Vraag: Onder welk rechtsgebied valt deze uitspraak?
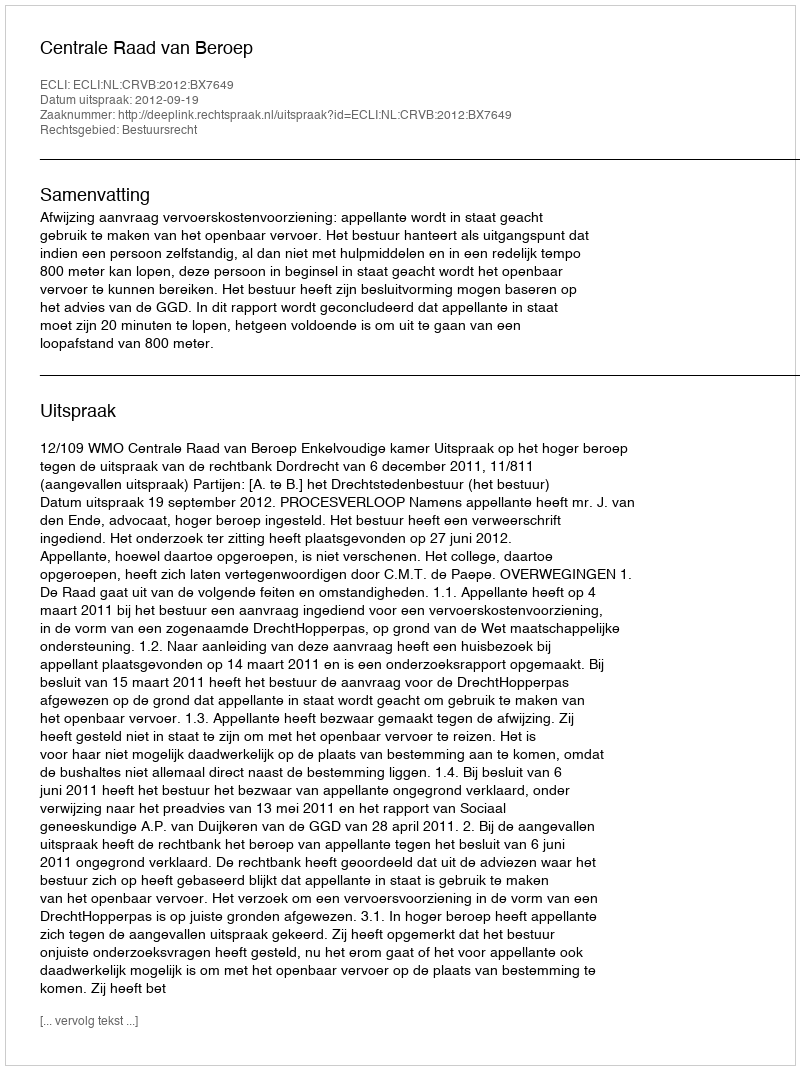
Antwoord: Bestuursrecht